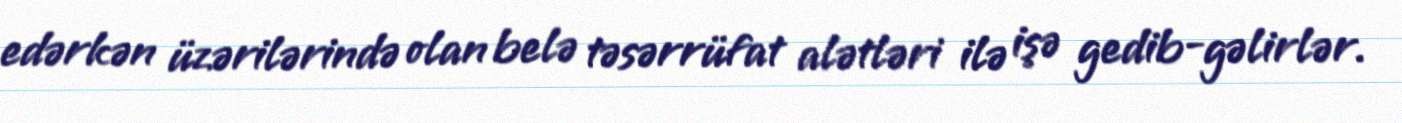
edərkən üzərilərində olan belə təsərrüfat alətləri ilə işə gedib-gəlirlər.